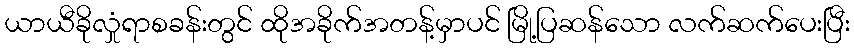
ယာယီခိုလှုံရာစခန်းတွင် ထိုအခိုက်အတန့်မှာပင် မြို့ပြဆန်သော လက်ဆက်ပေးပြီး